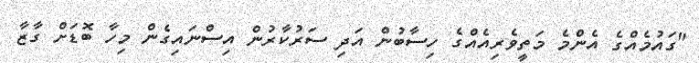
"ގައުމެއްގެ އެންމެ މަތީވެރިއެއްގެ ހިސާބުން އަދި ސަރުކާރުން އިސްނައިގެން މިހާ ބޮޑަށް ގާޒާ